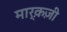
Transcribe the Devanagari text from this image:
मार्क़ज़ी